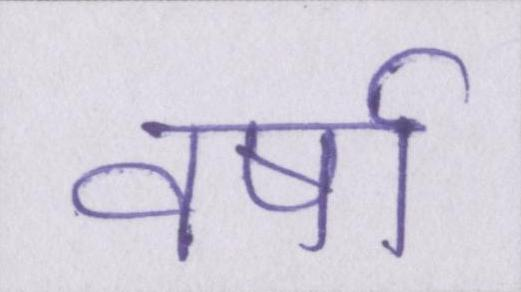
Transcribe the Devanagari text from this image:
वर्षा